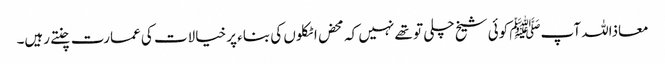
معاذاللہ آپﷺ کوئی شیخ چلی تو تھے نہیں کہ محض اٹکلوں کی بناء پر خیالات کی عمارت چنتے رہیں۔